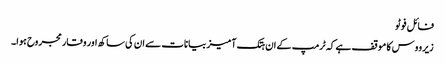
فائل فوٹو
زیرووس کا موقف ہے کہ ٹرمپ کے ان ہتک آمیز بیانات سے ان کی ساکھ اور وقار مجروح ہوا۔